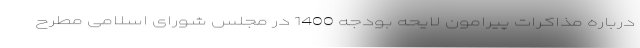
درباره مذاکرات پیرامون لایحه بودجه 1400 در مجلس شورای اسلامی مطرح